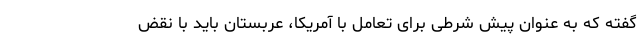
گفته که به عنوان پیش شرطی برای تعامل با آمریکا، عربستان باید با نقض